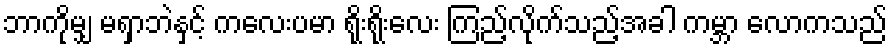
ဘာကိုမျှ မရှာဘဲနှင့် ကလေးပမာ ရိုးရိုးလေး ကြည့်လိုက်သည့်အခါ ကမ္ဘာ လောကသည်